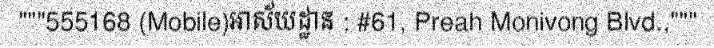
"""555168 (Mobile)អាស័យដ្ឋាន : #61, Preah Monivong Blvd.,"""